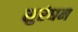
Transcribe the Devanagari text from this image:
सुरंधन